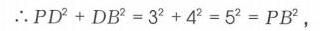
\(\therefore PD^{2}+DB^{2}=3^{2}+4^{2}=5^{2}=PB^{2}\),